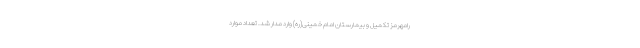
رامهرمز تکمیل و بیمارستان امام خمینی(ره) وارد مدار شد. تعداد موارد